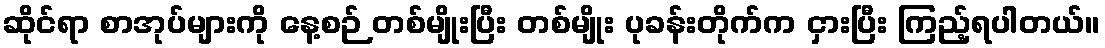
ဆိုင်ရာ စာအုပ်များကို နေ့စဉ် တစ်မျိုးပြီး တစ်မျိုး ပုခန်းတိုက်က ငှားပြီး ကြည့်ရပါတယ်။